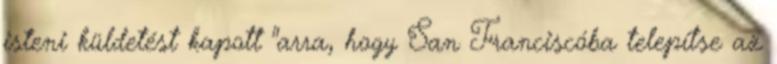
isteni küldetést kapott "arra, hogy San Franciscóba telepítse az